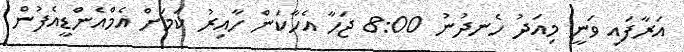
އަރާފައި ވަނީ މިއަދު ހެނދުނު 8:00 ޖަހާ އެހާކަން ހާއިރު ކަމަށް އެމްއެންޑީއެފުން